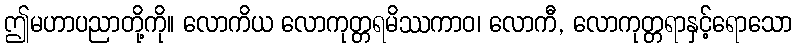
ဤမဟာပညာတို့ကို။ လောကိယ လောကုတ္တရမိဿကာဝ၊ လောကီ, လောကုတ္တရာနှင့်ရောသော